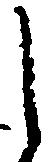
し